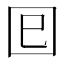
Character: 𡆳